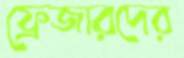
ফ্রেজারদের